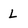
Character: L